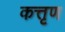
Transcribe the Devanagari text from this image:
कत्तृण